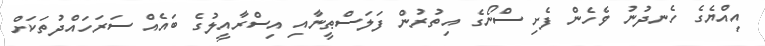
އިއްޔެގެ ހެނދުނު ވެހެން ފެށި ސްނޯގެ އިތުރުން ފަލަސްޠީނާއި އިސްރާއީލުގެ ބައެއް ސަރަހައްދުތަކަށް